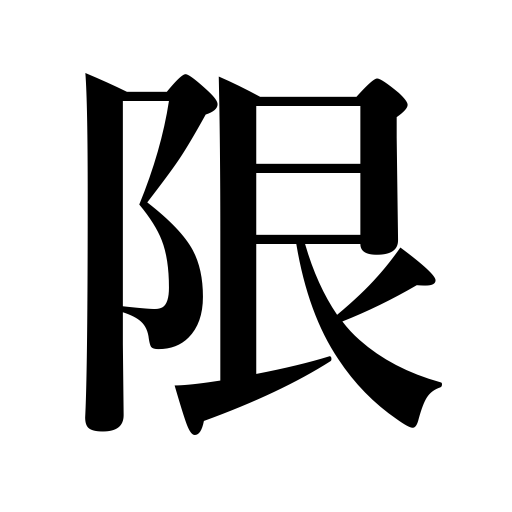
Meanings: restrict,limit,confine